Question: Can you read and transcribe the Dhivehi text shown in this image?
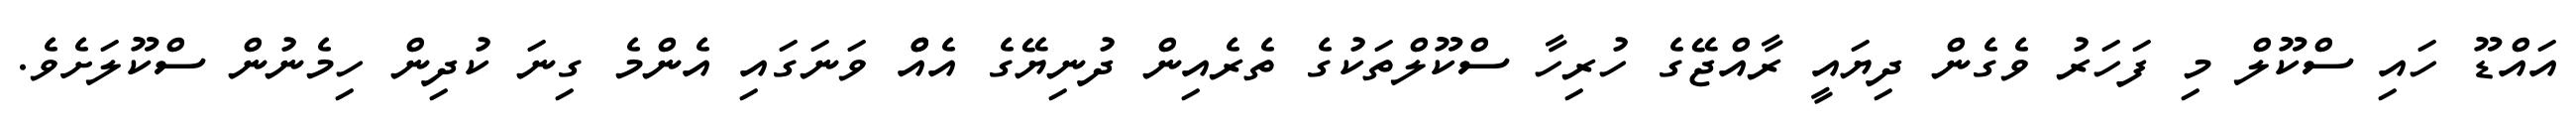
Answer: އައްޑޫ ހައި ސްކޫލް މި ފަހަރު ވެގެން ދިޔައީ ރާއްޖޭގެ ހުރިހާ ސްކޫލްތަކުގެ ތެރެއިން ދުނިޔޭގެ އެއްް ވަނަގައި އެންމެ ގިނަ ކުދިން ހިމެނުން ސްކޫލަށެވެ.